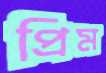
প্রিম